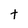
Character: t